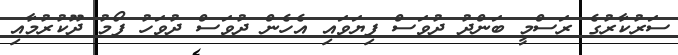
ސަރުކާރުގެ ރަސްމީ ބަންދު ދުވަސް ފިޔަވައި އެހެން ދުވަސް ދުވަހު ފޯމު ދޫކުރުމާއި